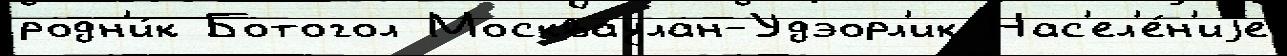
родн'и́к Ботогол Москваулан-Удэорл'ик Нас'ел'е́н'иjе